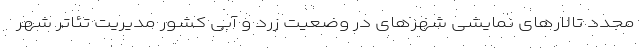
مجدد تالارهای نمایشی شهرهای در وضعیت زرد و آبی کشور مدیریت تئاتر شهر